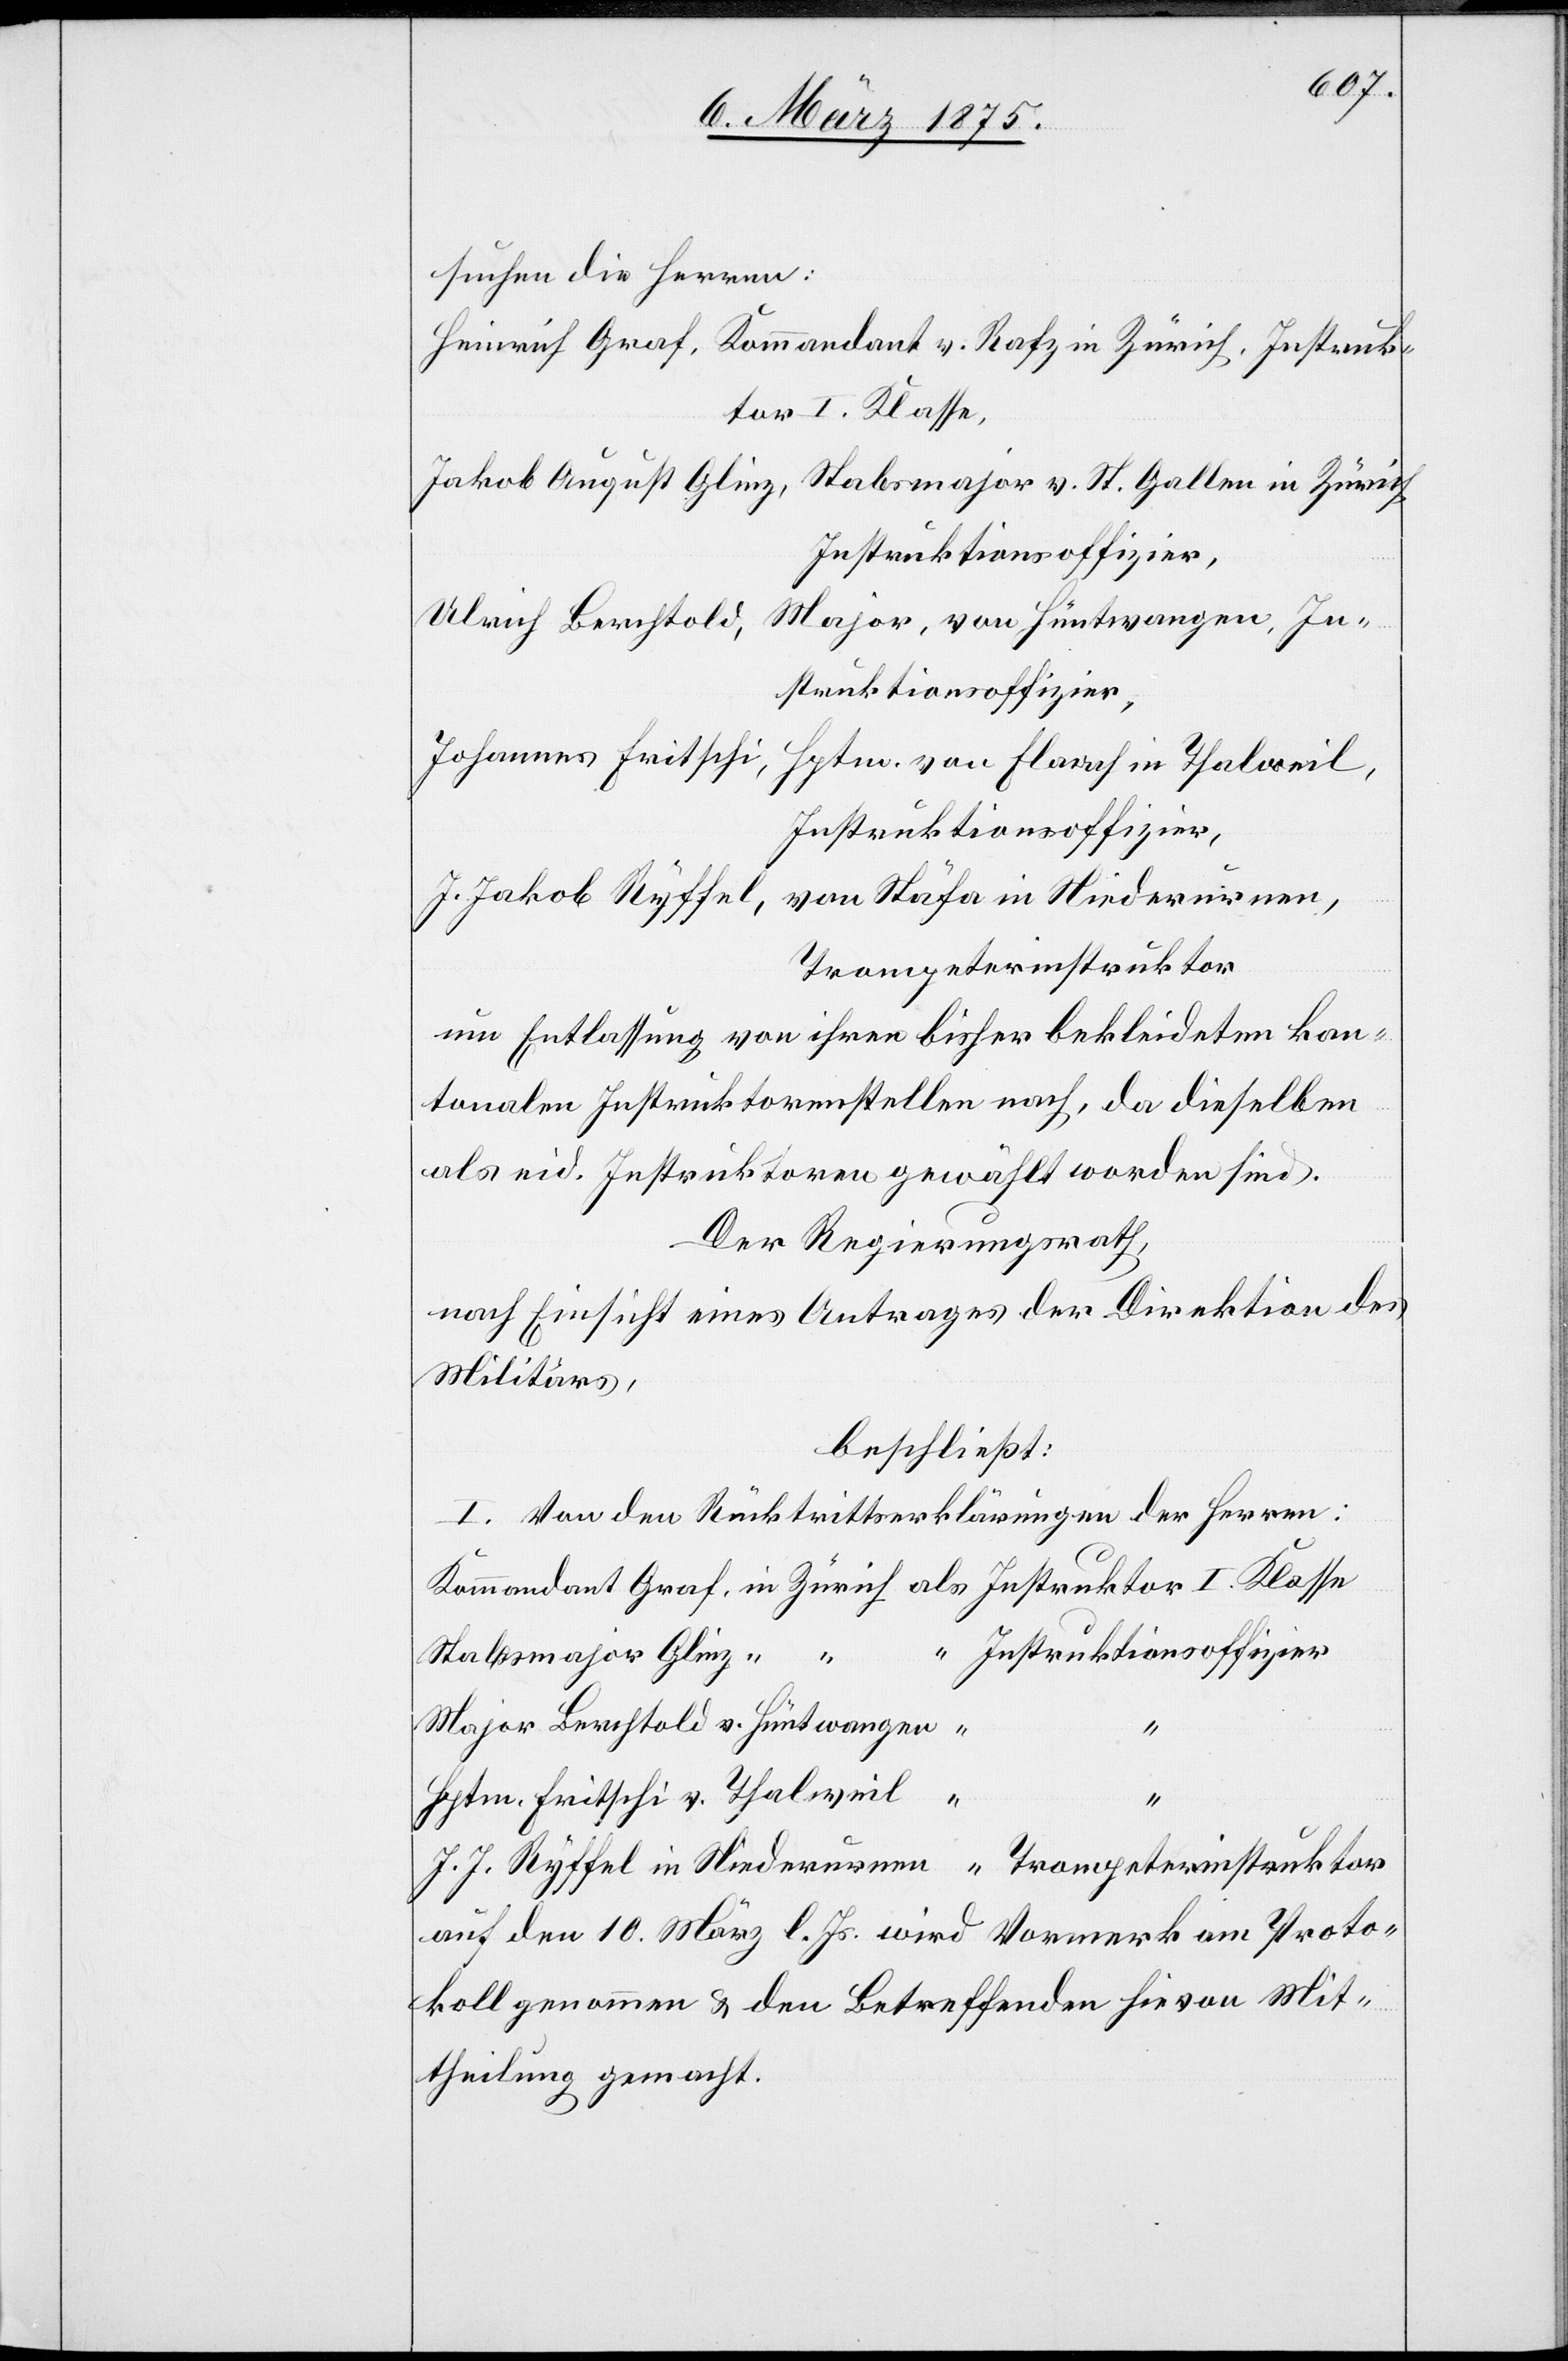
suchen die Herren:
Heinrich Graf, Kommandant v. Rafz in Zürich, Instruk¬
tor I. Klasse,
Jakob August Glinz, Stabsmajor v. St. Gallen in Zürich,
Instruktionsoffizier
Major, von Hüntwangen, In¬
Ulrich Berchtold,
struktionsoffizier,
Johannes Fritschi,
Hptm. von Flaach in Thalweil,
Instruktionsoffizier,
J. Jakob Ryffel, v. Stäfa in Niederurnen,
Trompeterinstruktor
um Entlassung von ihren bisher bekleideten kan¬
tonalen Instruktorenstellen nach, da dieselben
als eid. Instruktoren gewählt worden sind.
Der Regierungsrath,
Nach Einsicht eines Antrages der Direktion des
Militärs,
beschließt:
I. Von den Rücktrittserklärungen der Herren:
Stabsmajor Glinz,
in
v.
v.
auf den 10. März l. Js. wird Vermerk am Proto¬
koll genommen & den Betreffenden hievon Mit¬
theilung gemacht.